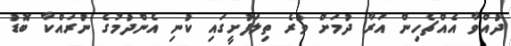
ދުއްވާ އެއްޗެހިން އަރާ ދުމަށް ވުރެ ތިލަފުށީގައި ކުނި އެންދުމުގެ ނުރައްކާ ބޮޑު